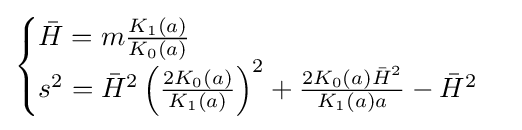
{\begin{cases}{\bar {H}}=m{\frac {K_{1}(a)}{K_{0}(a)}}\\s^{2}={\bar {H}}^{2}\left({\frac {2K_{0}(a)}{K_{1}(a)}}\right)^{2}+{\frac {2K_{0}(a){\bar {H}}^{2}}{K_{1}(a)a}}-{\bar {H}}^{2}\end{cases}}